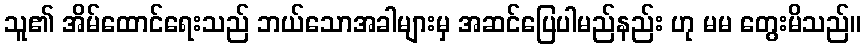
သူ၏ အိမ်ထောင်ရေးသည် ဘယ်သောအခါများမှ အဆင်ပြေပါမည်နည်း ဟု မမ တွေးမိသည်။